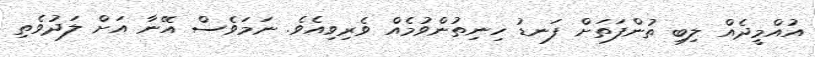
އުއްމީދެއް ލިބި ތުންފަތަށް ފަނޑު ހިނިތުންވުމެއް ވެރިވިއެވެ. ނަމަވެސް އޭނާ އަށް ލަދުވެތި